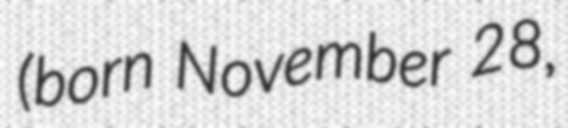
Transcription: (born November 28,